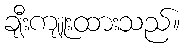
ချီးကျူးထားသည်။